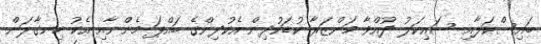
ބައިސްކަލާއި ސައިކަލު ދުއްވާ މަންޒަރާ ކުޑަކުދިން އެކުދިންގެ ބައްޕަ މެންނާއި އެކު ހިނގާލަން